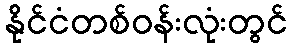
နိုင်ငံတစ်ဝန်းလုံးတွင်